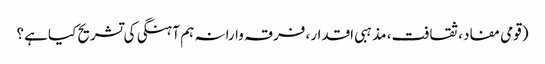
(قومی مفاد، ثقافت، مذہبی اقدار، فرقہ وارانہ ہم آہنگی کی تشریح کیا ہے؟